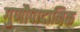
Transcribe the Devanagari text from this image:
गुणौपादानिक